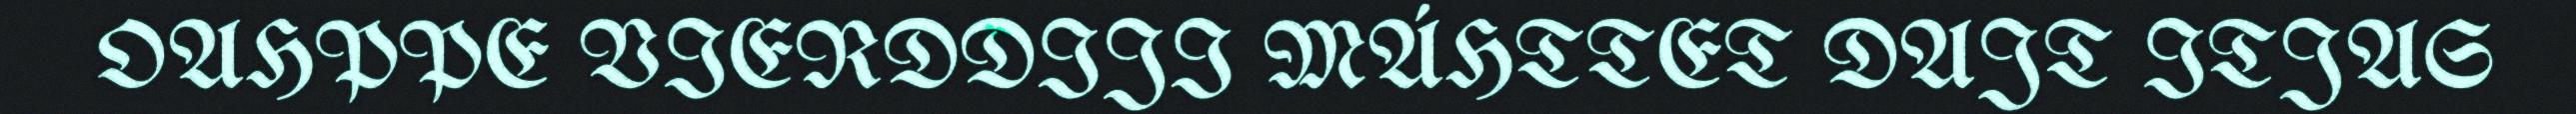
OAHPPE VIERDDIJI MÁHTTET DAJT ITJAS